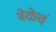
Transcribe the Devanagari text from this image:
वेळेचं